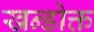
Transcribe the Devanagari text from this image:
खन्डोक्त